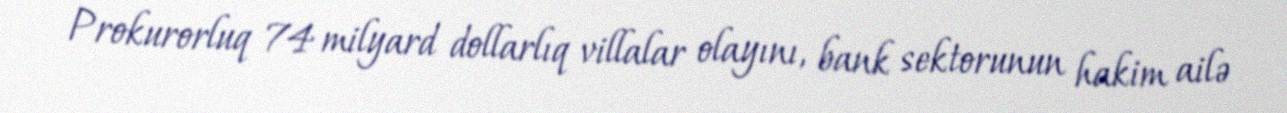
Prokurorluq 74 milyard dollarlıq villalar olayını, bank sektorunun hakim ailə